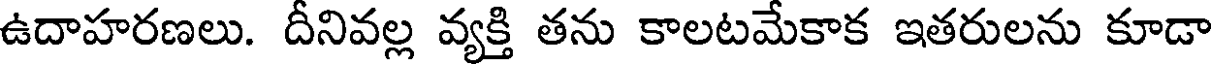
ఉదాహరణలు. దీనివల్ల వ్యక్తి తను కాలటమేకాక ఇతరులను కూడా